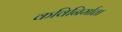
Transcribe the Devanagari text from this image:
कविनिर्माता